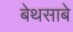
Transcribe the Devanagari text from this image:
बेथसाबे